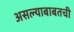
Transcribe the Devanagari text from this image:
असल्याबाबतची